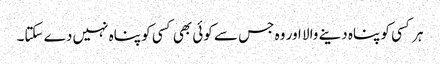
ہر کسی کو پناہ دینے والا اور وہ جس سے کوئی بھی کسی کو پناہ نہیں دے سکتا۔